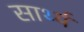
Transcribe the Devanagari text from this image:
सार्थ्य